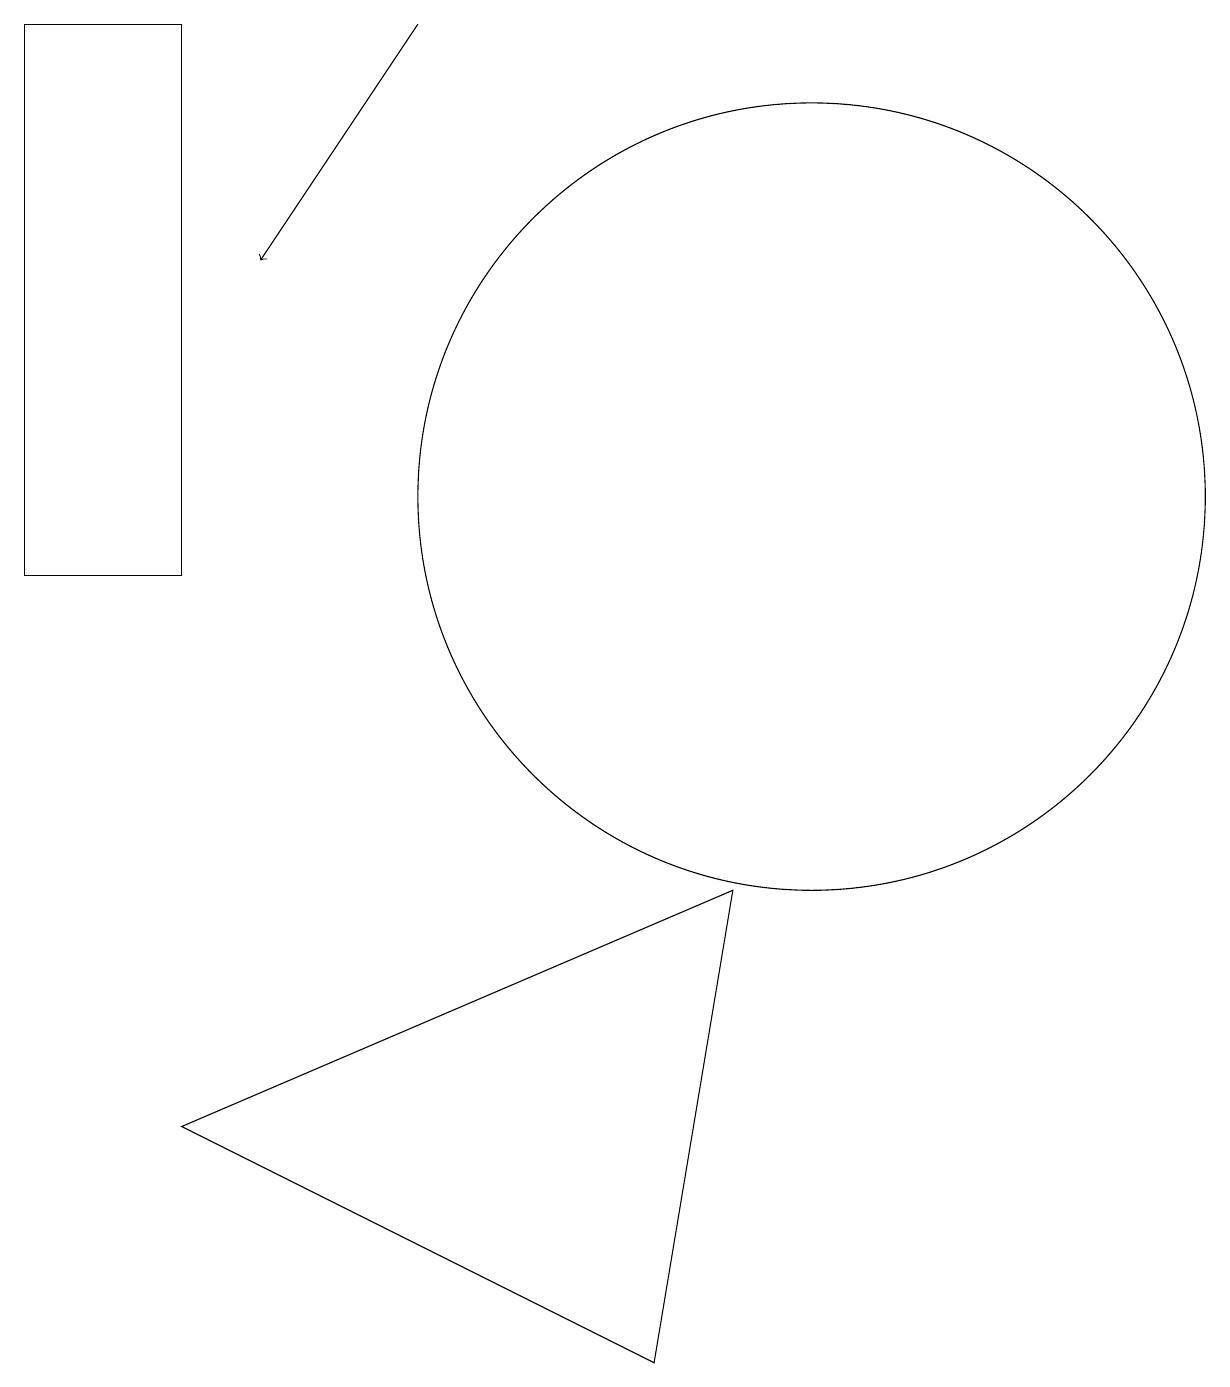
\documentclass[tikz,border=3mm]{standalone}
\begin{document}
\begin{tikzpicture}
\draw (10,11) circle (5);
\draw (2,3) -- (8,0) -- (9,6) -- cycle;
\draw[->] (5,17) -- (3,14);
\draw (0,17) rectangle (2,10);
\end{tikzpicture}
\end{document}